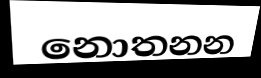
නොතනන